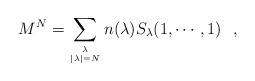
LaTeX: \begin{align*}M^N = \sum_{{\lambda\atop|\lambda|=N}} n(\lambda)S_\lambda(1,\cdots, 1)\,\,\,\,,\end{align*}